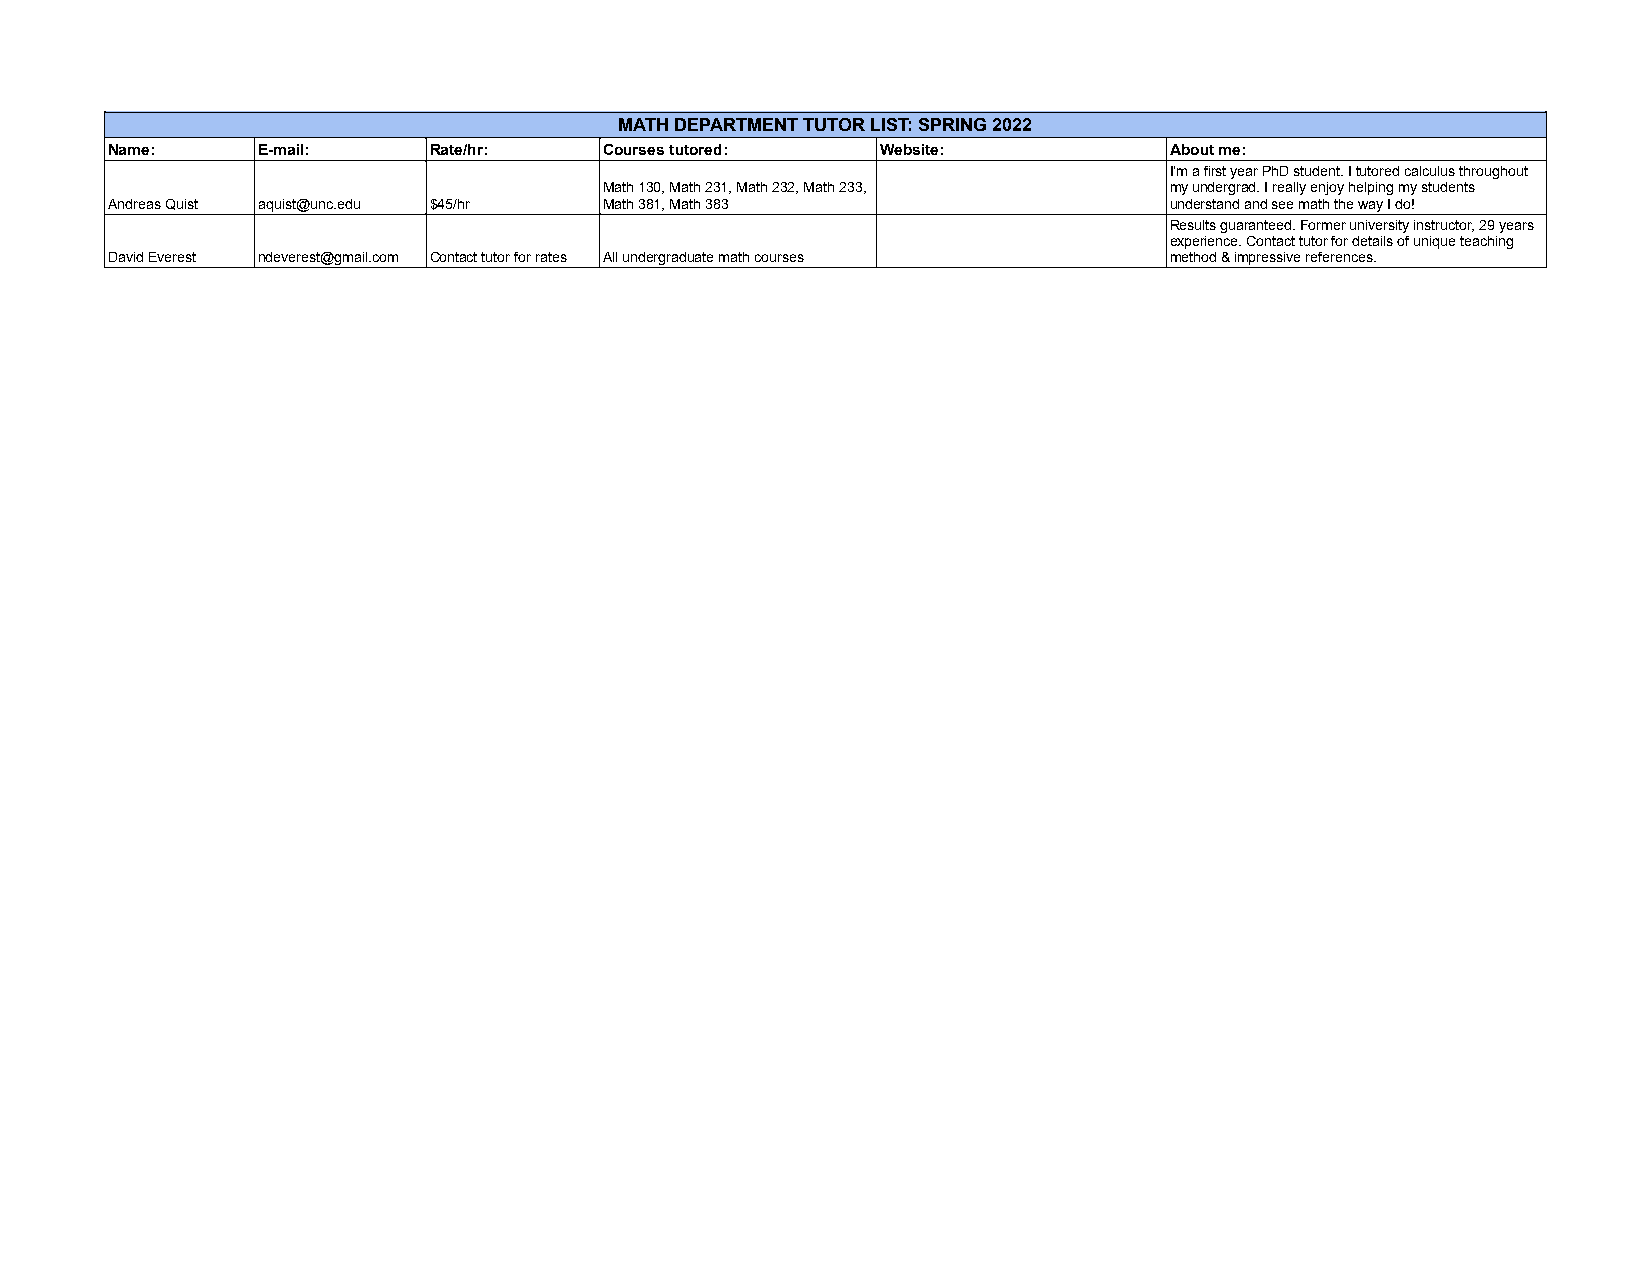
MATH DEPARTMENT TUTOR LIST: SPRING 2022
 Name:     E-mail:    Rate/hr:    Courses tutored:  Website:           About me:
 I’m a first year PhD student. I tutored calculus throughout
 Math 130, Math 231, Math 232, Math 233, my undergrad. I really enjoy helping my students
 Andreas Quist aquist@unc.edu $45/hr Math 381, Math 383                understand and see math the way I do!
 Results guaranteed. Former university instructor, 29 years
 experience. Contact tutor for details of unique teaching
 David Everest ndeverest@gmail.com Contact tutor for rates All undergraduate math courses method & impressive references.